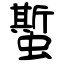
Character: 蟴